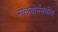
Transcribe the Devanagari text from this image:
मेलबोर्नमधील